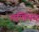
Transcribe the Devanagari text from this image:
मणिमय